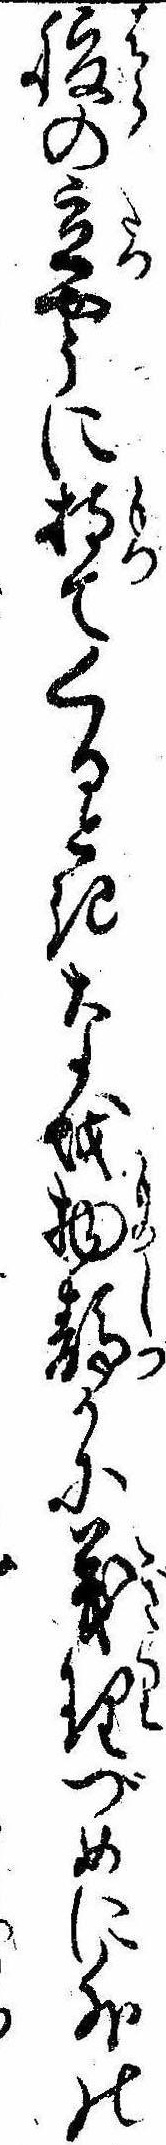
腹の立やうに持てくるときなを物静かに義理づめに外の